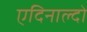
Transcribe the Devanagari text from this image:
एदिनाल्दो